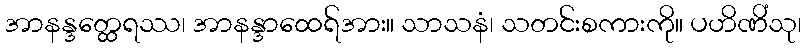
အာနန္ဒတ္ထေရဿ၊ အာနန္ဒာထေရ်အား။ သာသနံ၊ သတင်းစကားကို။ ပဟိဏိံသု၊